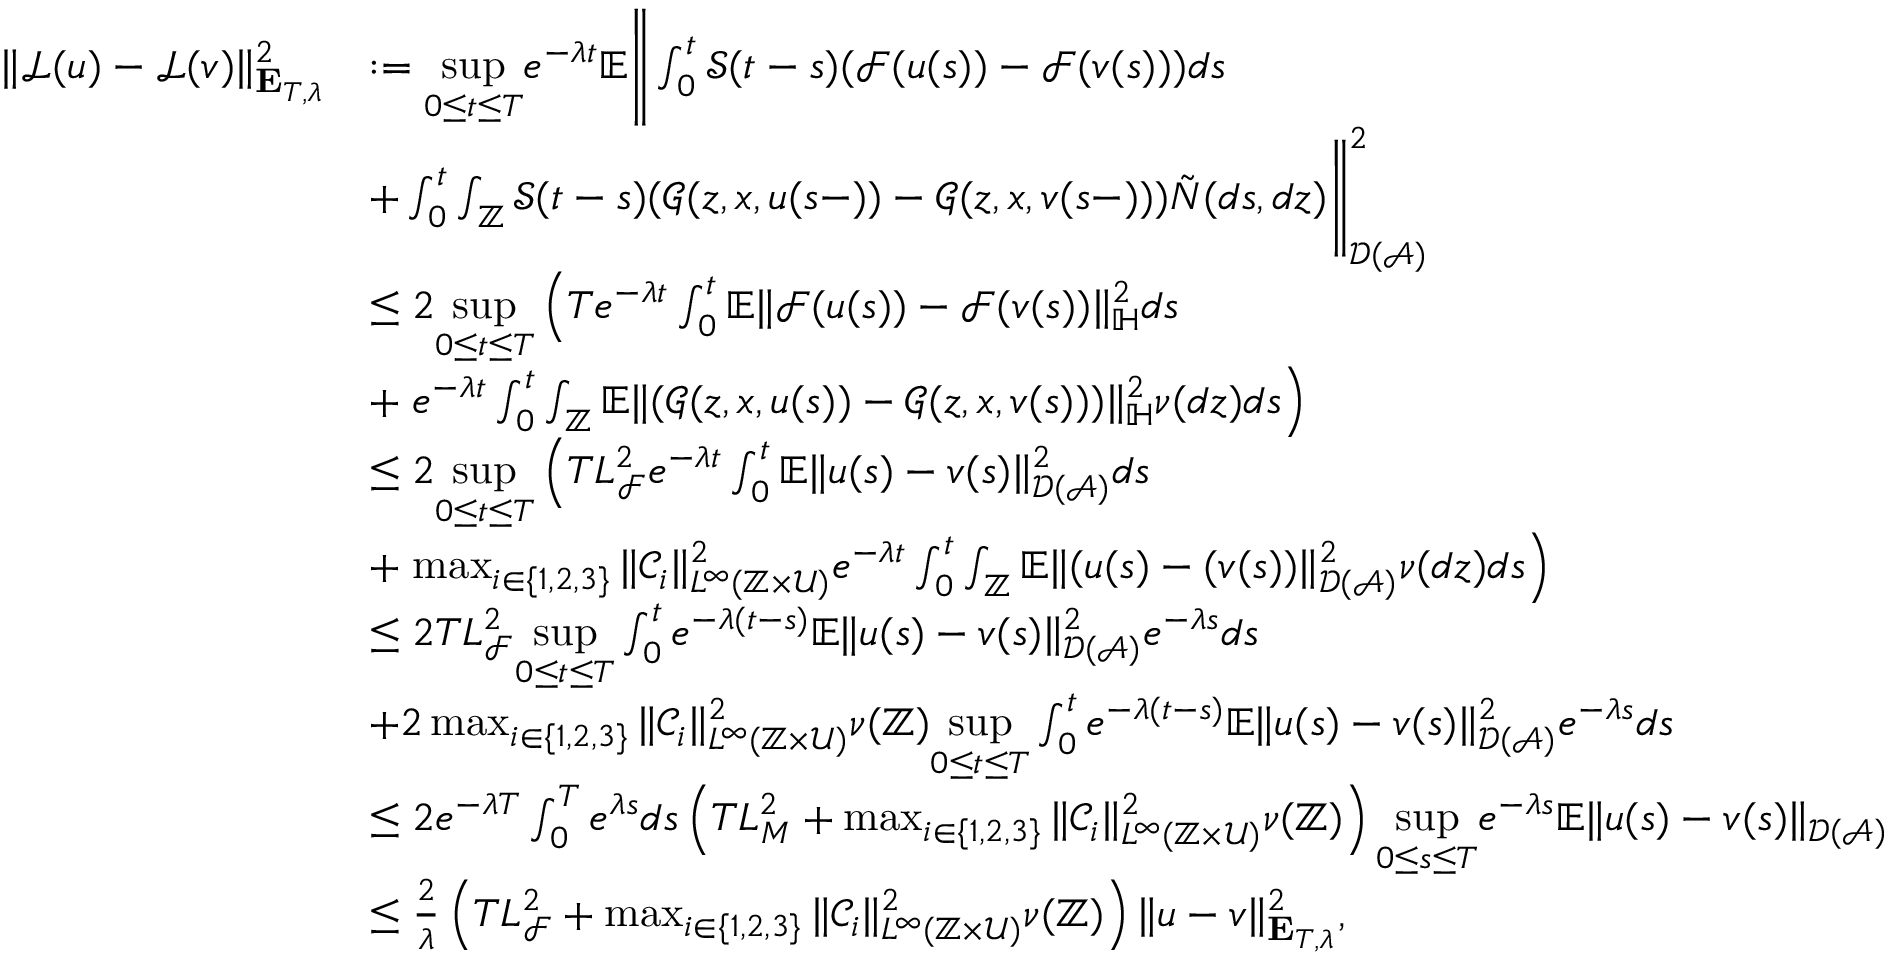
\begin{array} { r l } { \Vert \mathcal { L } ( u ) - \mathcal { L } ( v ) \Vert _ { \mathbf { E } _ { T , \lambda } } ^ { 2 } } & { : = \underset { 0 \leq t \leq T } { \operatorname* { s u p } } e ^ { - \lambda t } \mathbb { E } \Bigg \Vert \int _ { 0 } ^ { t } \mathcal { S } ( t - s ) ( \mathcal { F } ( u ( s ) ) - \mathcal { F } ( v ( s ) ) ) d s } \\ & { + \int _ { 0 } ^ { t } \int _ { \mathbb { Z } } \mathcal { S } ( t - s ) ( \mathcal { G } ( z , x , u ( s - ) ) - \mathcal { G } ( z , x , v ( s - ) ) ) \tilde { N } ( d s , d z ) \Bigg \Vert _ { \mathcal { D } ( \mathcal { A } ) } ^ { 2 } } \\ & { \leq 2 \underset { 0 \leq t \leq T } { \operatorname* { s u p } } \left( T e ^ { - \lambda t } \int _ { 0 } ^ { t } \mathbb { E } \Vert \mathcal { F } ( u ( s ) ) - \mathcal { F } ( v ( s ) ) \Vert _ { \mathbb { H } } ^ { 2 } d s \right. } \\ & { + \left. e ^ { - \lambda t } \int _ { 0 } ^ { t } \int _ { \mathbb { Z } } \mathbb { E } \Vert ( \mathcal { G } ( z , x , u ( s ) ) - \mathcal { G } ( z , x , v ( s ) ) ) \Vert _ { \mathbb { H } } ^ { 2 } \nu ( d z ) d s \right) } \\ & { \leq 2 \underset { 0 \leq t \leq T } { \operatorname* { s u p } } \left( T L _ { \mathcal { F } } ^ { 2 } e ^ { - \lambda t } \int _ { 0 } ^ { t } \mathbb { E } \Vert u ( s ) - v ( s ) \Vert _ { \mathcal { D } ( \mathcal { A } ) } ^ { 2 } d s \right. } \\ & { + \left. \operatorname* { m a x } _ { i \in \{ 1 , 2 , 3 \} } \Vert \mathcal { C } _ { i } \Vert _ { L ^ { \infty } ( \mathbb { Z } \times \mathcal { U } ) } ^ { 2 } e ^ { - \lambda t } \int _ { 0 } ^ { t } \int _ { \mathbb { Z } } \mathbb { E } \Vert ( u ( s ) - ( v ( s ) ) \Vert _ { \mathcal { D } ( \mathcal { A } ) } ^ { 2 } \nu ( d z ) d s \right) } \\ & { \leq 2 T L _ { \mathcal { F } } ^ { 2 } \underset { 0 \leq t \leq T } { \operatorname* { s u p } } \int _ { 0 } ^ { t } e ^ { - \lambda ( t - s ) } \mathbb { E } \Vert u ( s ) - v ( s ) \Vert _ { \mathcal { D } ( \mathcal { A } ) } ^ { 2 } e ^ { - \lambda s } d s } \\ & { + 2 \operatorname* { m a x } _ { i \in \{ 1 , 2 , 3 \} } \Vert \mathcal { C } _ { i } \Vert _ { L ^ { \infty } ( \mathbb { Z } \times \mathcal { U } ) } ^ { 2 } \nu ( \mathbb { Z } ) \underset { 0 \leq t \leq T } { \operatorname* { s u p } } \int _ { 0 } ^ { t } e ^ { - \lambda ( t - s ) } \mathbb { E } \Vert u ( s ) - v ( s ) \Vert _ { \mathcal { D } ( \mathcal { A } ) } ^ { 2 } e ^ { - \lambda s } d s } \\ & { \leq 2 e ^ { - \lambda T } \int _ { 0 } ^ { T } e ^ { \lambda s } d s \left( T L _ { M } ^ { 2 } + \operatorname* { m a x } _ { i \in \{ 1 , 2 , 3 \} } \Vert \mathcal { C } _ { i } \Vert _ { L ^ { \infty } ( \mathbb { Z } \times \mathcal { U } ) } ^ { 2 } \nu ( \mathbb { Z } ) \right) \underset { 0 \leq s \leq T } { \operatorname* { s u p } } e ^ { - \lambda s } \mathbb { E } \Vert u ( s ) - v ( s ) \Vert _ { \mathcal { D } ( \mathcal { A } ) } } \\ & { \leq \frac { 2 } { \lambda } \left( T L _ { \mathcal { F } } ^ { 2 } + \operatorname* { m a x } _ { i \in \{ 1 , 2 , 3 \} } \Vert \mathcal { C } _ { i } \Vert _ { L ^ { \infty } ( \mathbb { Z } \times \mathcal { U } ) } ^ { 2 } \nu ( \mathbb { Z } ) \right) \Vert u - v \Vert _ { \mathbf { E } _ { T , \lambda } } ^ { 2 } , } \end{array}